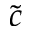
\tilde { c }